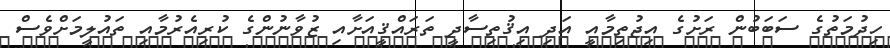
ހިދުމަތުގެ ސަބަބުން ރަށުގެ އިޖުތިމާއީ އަދި އިޤުތިސާދީ ތަރައްޤީއަށާއި ޒުވާނުންގެ ކުރިއެރުމާއި ތައުލީމަށްވެސް